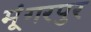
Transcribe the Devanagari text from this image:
मूंगरपुर